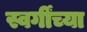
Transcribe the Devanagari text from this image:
स्वर्गींच्या